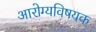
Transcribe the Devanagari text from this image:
अारोग्यविषयक